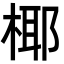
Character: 椰